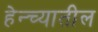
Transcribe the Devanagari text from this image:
हेन्च्यातील